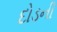
દોડની